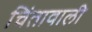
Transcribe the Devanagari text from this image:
चिंतावाली